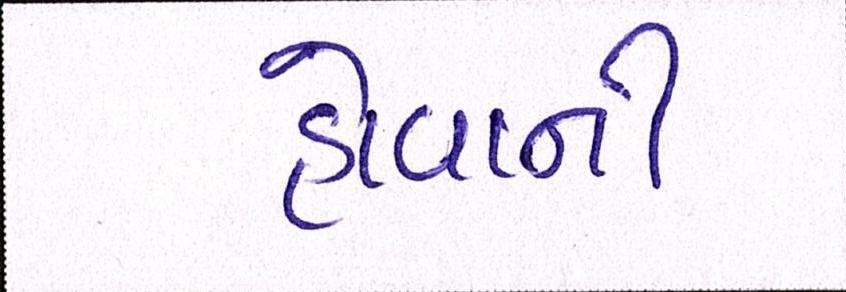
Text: હોવાની